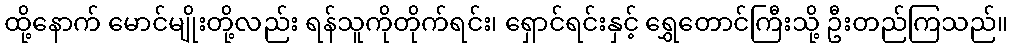
ထို့နောက် မောင်မျိုးတို့လည်း ရန်သူကိုတိုက်ရင်း၊ ရှောင်ရင်းနှင့် ရွှေတောင်ကြီးသို့ ဦးတည်ကြသည်။